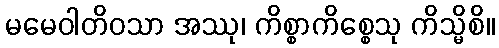
မမေဝါတိဝသာ အဿု၊ ကိစ္စာကိစ္စေသု ကိသ္မိစိ။